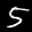
Label: 5